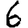
Digit: 6